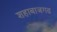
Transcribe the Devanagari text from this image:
शहाबाजगढ